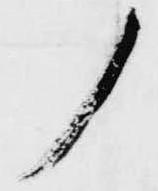
ノ